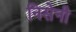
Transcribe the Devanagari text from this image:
निसेनी